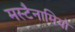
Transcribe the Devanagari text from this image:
मस्टैनामियो